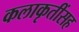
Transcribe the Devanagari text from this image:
कलाकृतींसह